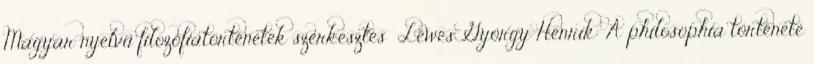
Magyar nyelvű filozófiatörténetek szerkesztés Lewes György Henrik: A philosophia története